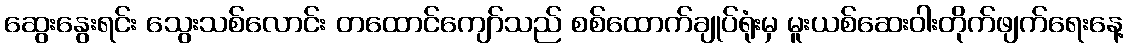
ဆွေးနွေးရင်း သွေးသစ်လောင်း တထောင်ကျော်သည် စစ်ထောက်ချုပ်ရုံးမှ မူးယစ်ဆေးဝါးတိုက်ဖျက်ရေးနေ့